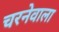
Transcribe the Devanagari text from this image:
चरनेवाला